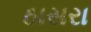
ઠાસરા